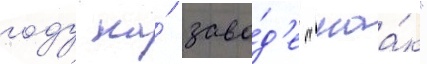
году на́ заво́д'е "маа́к"